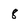
Character: 8